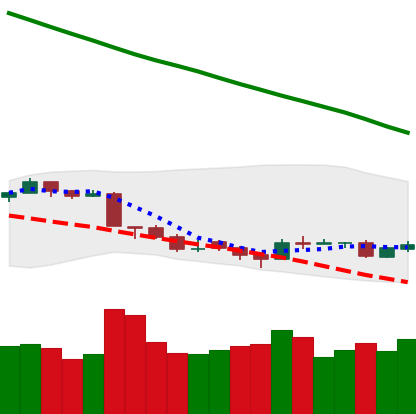
Ticker: TRX-USD
Chart end date: 2018-09-19
Forward return: 11.826%
Label: up_7plus